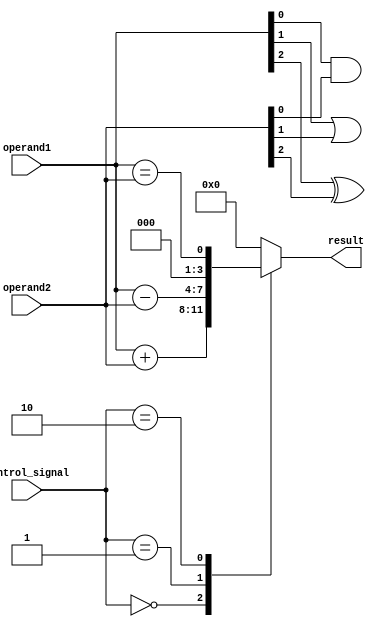
module ALU(input [3:0] operand1, operand2,
           input [2:0] control_signal,
           output reg [3:0] result);

    // Arithmetic blocks
    always @(*)
    begin
        case(control_signal)
            3'b000: result = operand1 + operand2; // Addition
            3'b001: result = operand1 - operand2; // Subtraction
            3'b010: result = (operand1 == operand2); // Comparator
            // Add more arithmetic operations here if needed
            default: result = 4'b0000; // Default case
        endcase
    end

    // Logic gates
    assign result[0] = operand1[0] & operand2[0]; // Bitwise AND
    assign result[1] = operand1[1] | operand2[1]; // Bitwise OR
    assign result[2] = operand1[2] ^ operand2[2]; // Bitwise XOR
    // Add more bitwise operations here if needed

endmodule